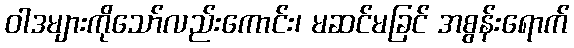
ဝါဒများကိုသော်လည်းကောင်း၊ မဆင်မခြင် အစွန်းရောက်